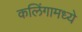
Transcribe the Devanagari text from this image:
कलिंगामध्ये